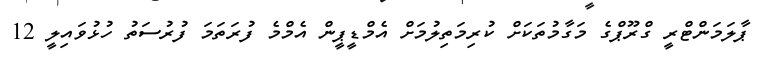
ޕާލަމަންޓްރީ ގްރޫޕްގެ މަގާމުތަކަށް ކުރިމަތިލުމަށް އެމްޑީޕީން އެމްމެ ފުރަތަމަ ފުރުސަތު ހުޅުވައިލީ 12